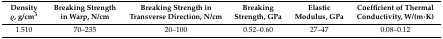
<table><thead><tr><td><b>Density ρ, g/cm<sup>3</sup></b></td><td><b>Breaking Strength in Warp, N/cm</b></td><td><b>Breaking Strength in Transverse Direction, N/cm</b></td><td><b>Breaking Strength, GPa</b></td><td><b>Elastic Modulus, GPa</b></td><td><b>Coefficient of Thermal Conductivity, W/(m·K)</b></td></tr></thead><tbody><tr><td>1.510</td><td>70–235</td><td>20–100</td><td>0.52–0.60</td><td>27–47</td><td>0.08–0.12</td></tr></tbody></table>